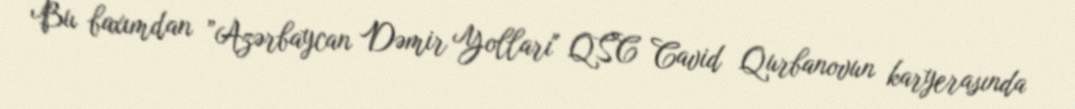
Bu baxımdan ”Azərbaycan Dəmir Yolları" QSC Cavid Qurbanovun karyerasında